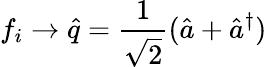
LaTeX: f_{i}\rightarrow\hat{q}=\frac{1}{\sqrt{2}}(\hat{a}+\hat{a}^{\dagger})